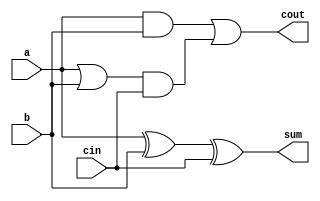
/*
	Create by: Junpei
	Date: 2023-10-25
*/
module cla_1bit(a, b, cin, sum, cout);
	input a, b;
	// c0, c
	input cin;
	output sum;
	output cout;
	
	wire temp1, temp2, temp3, temp4;
	
	// calculate sum for a, b, cin
	// sum = a + b + cin
	xor xor1(temp1, a, b);
	xor xor2(sum, temp1, cin);
	
	// calculate cout for a, b, cin
	// cout = a * b + (a + b) * cin
	and and1(temp2, a, b);
	or or1(temp3, a, b);
	and and2(temp4, temp3, cin);
	or or2(cout, temp2, temp4);
	
endmodule